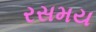
રસમય